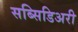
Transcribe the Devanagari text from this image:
सब्सिडिअरी